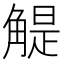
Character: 䚣